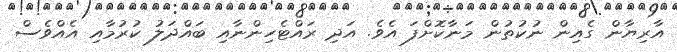
އާރިޔާން ގެއިން ނުކުތުން މަނާކޮށްފަ އެވެ. އަދި ރައްޓެހިންނާއި ބައްދަލު ކުރުމާއި އެއްވެސް